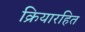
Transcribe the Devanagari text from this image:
क्रियारहित